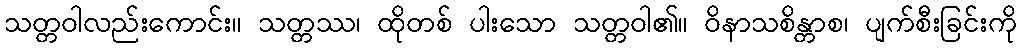
သတ္တဝါလည်းကောင်း။ သတ္တဿ၊ ထိုတစ် ပါးသော သတ္တဝါ၏။ ဝိနာသစိန္တာစ၊ ပျက်စီးခြင်းကို